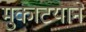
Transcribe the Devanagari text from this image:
मुकाटयाने